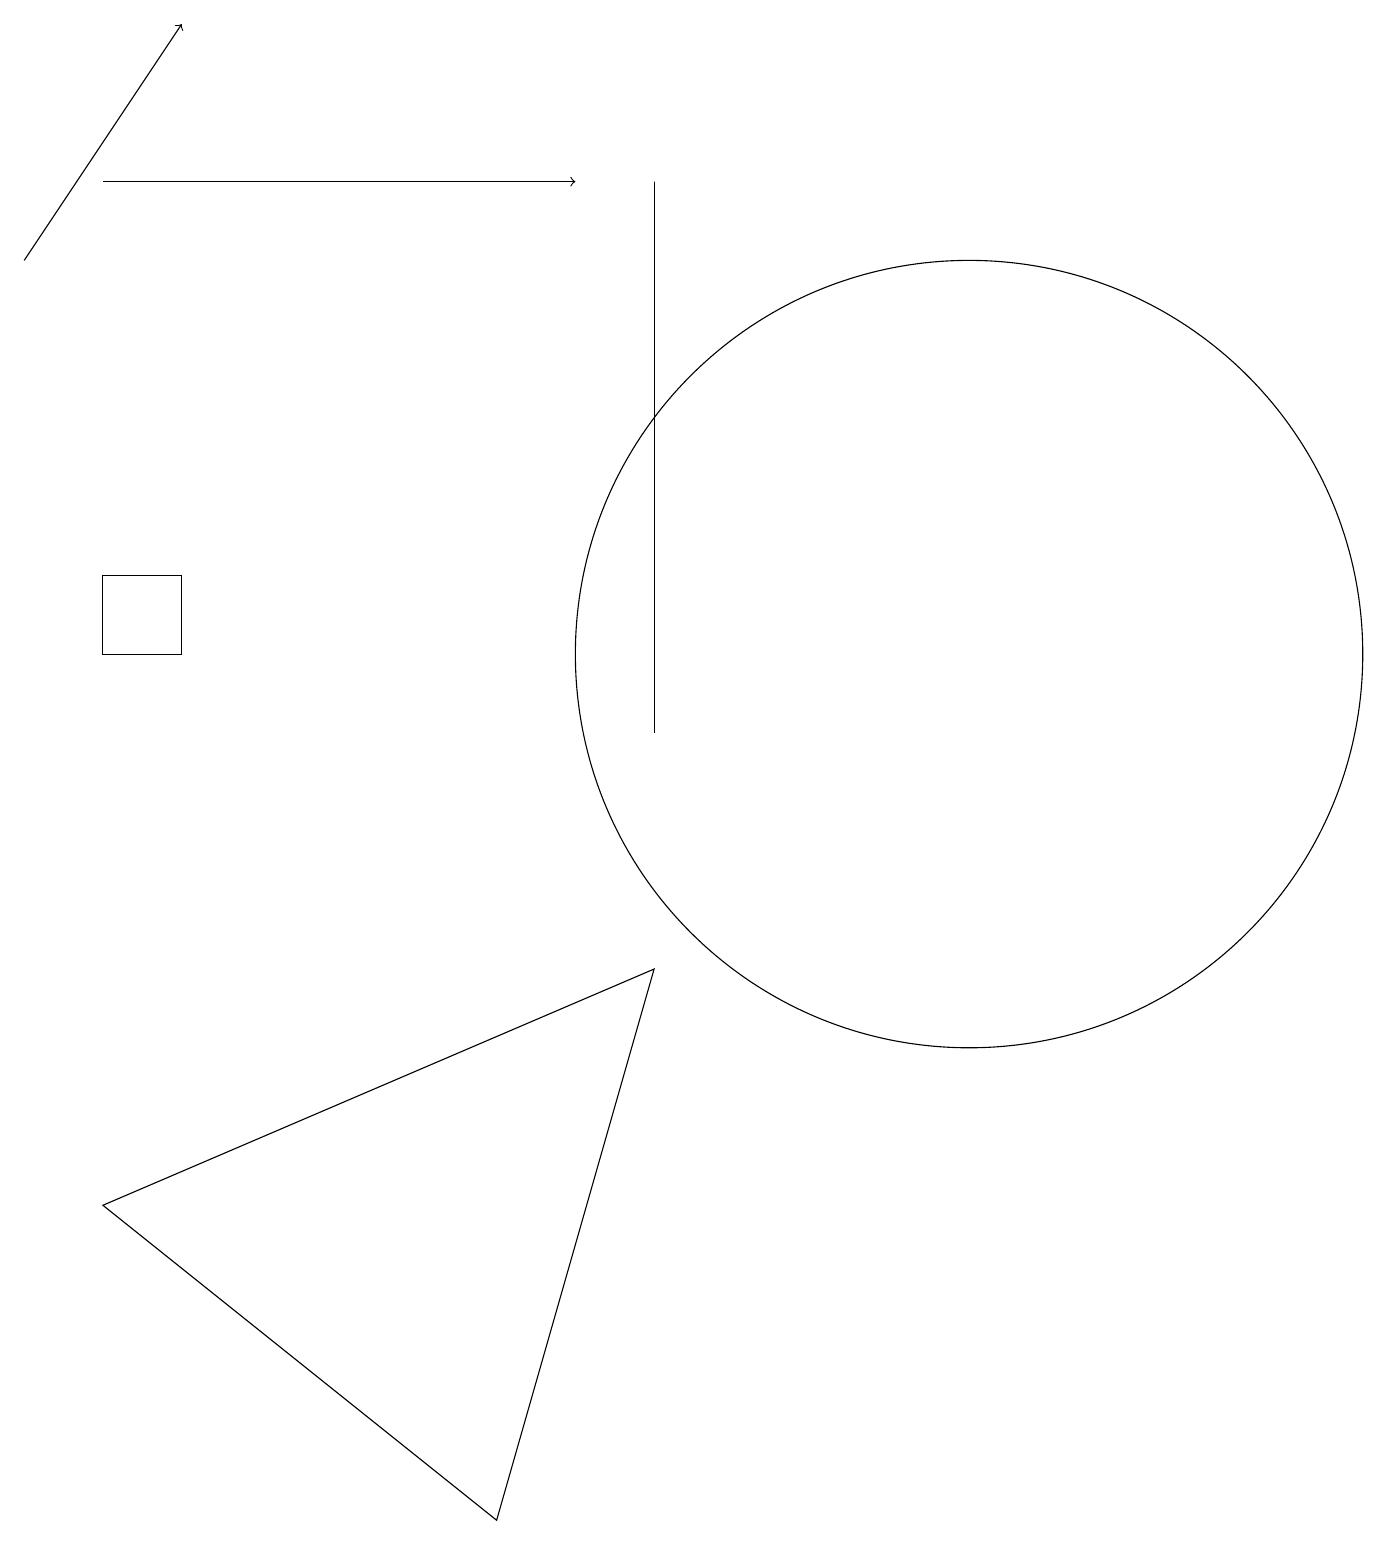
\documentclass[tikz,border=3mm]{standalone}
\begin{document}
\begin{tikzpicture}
\draw[->] (1,17) -- (7,17);
\draw (6,0) -- (8,7) -- (1,4) -- cycle;
\draw (12,11) circle (5);
\draw[->] (0,16) -- (2,19);
\draw (1,12) rectangle (2,11);
\draw (8,17) rectangle (8,10);
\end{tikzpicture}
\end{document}